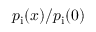
p _ { \mathrm { i } } ( x ) / p _ { \mathrm { i } } ( 0 )